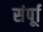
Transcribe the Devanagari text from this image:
संर्पूा